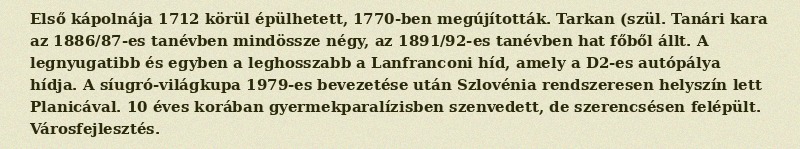
Első kápolnája 1712 körül épülhetett, 1770-ben megújították. Tarkan (szül. Tanári kara az 1886/87-es tanévben mindössze négy, az 1891/92-es tanévben hat főből állt. A legnyugatibb és egyben a leghosszabb a Lanfranconi híd, amely a D2-es autópálya hídja. A síugró-világkupa 1979-es bevezetése után Szlovénia rendszeresen helyszín lett Planicával. 10 éves korában gyermekparalízisben szenvedett, de szerencsésen felépült. Városfejlesztés.